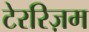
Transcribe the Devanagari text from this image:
टेररिज़म